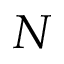
N